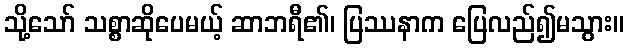
သို့သော် သစ္စာဆိုပေမယ့် ဆာဘရီ၏၊ ပြဿနာက ပြေလည်၍မသွား။